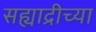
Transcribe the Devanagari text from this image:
सह्याद्रीच्‍या